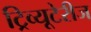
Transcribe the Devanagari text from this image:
ट्रिव्यूटेरीज